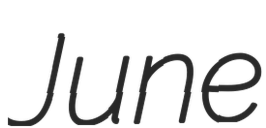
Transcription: June